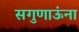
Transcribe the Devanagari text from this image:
सगुणाऊंना